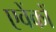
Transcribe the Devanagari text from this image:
एवेंकों